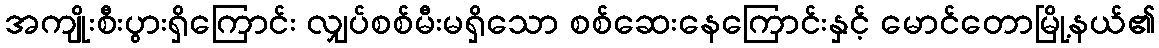
အကျိုးစီးပွားရှိကြောင်း လျှပ်စစ်မီးမရှိသော စစ်ဆေးနေကြောင်းနှင့် မောင်တောမြို့နယ်၏